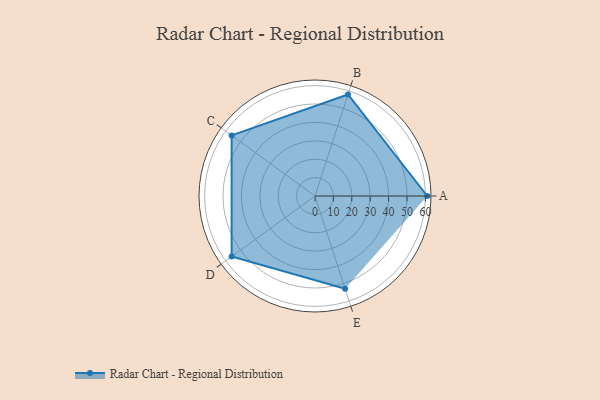
{"axis": {"x": "Skill", "y": "Score"}, "legend": ["Profile"], "data": [{"x": "A", "y": 61.0, "type": "Profile"}, {"x": "B", "y": 58.0, "type": "Profile"}, {"x": "C", "y": 56.0, "type": "Profile"}, {"x": "D", "y": 56.0, "type": "Profile"}, {"x": "E", "y": 53.0, "type": "Profile"}]}